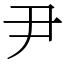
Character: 尹